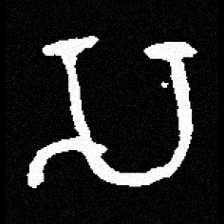
Pyu character \u2014 Myanmar letter: သ (romanized: sa)